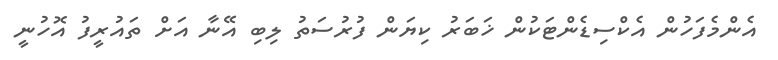
އެންމެފަހުން އެކްސިޑެންޓަކުން ޚަބަރު ކިޔަން ފުރުސަތު ލިބި އޭނާ އަށް ތައުރީފު އޮހުނީ